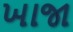
ખાજા